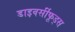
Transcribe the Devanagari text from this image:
डाइवर्सीफूड्स